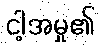
ငါ့အမှု၏